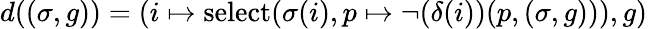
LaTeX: d((\sigma,g))=(i\mapsto\textup{select}(\sigma(i),p\mapsto\neg(\delta(i))(p,(\sigma,g))),g)